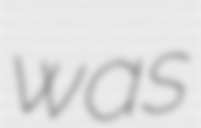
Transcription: was